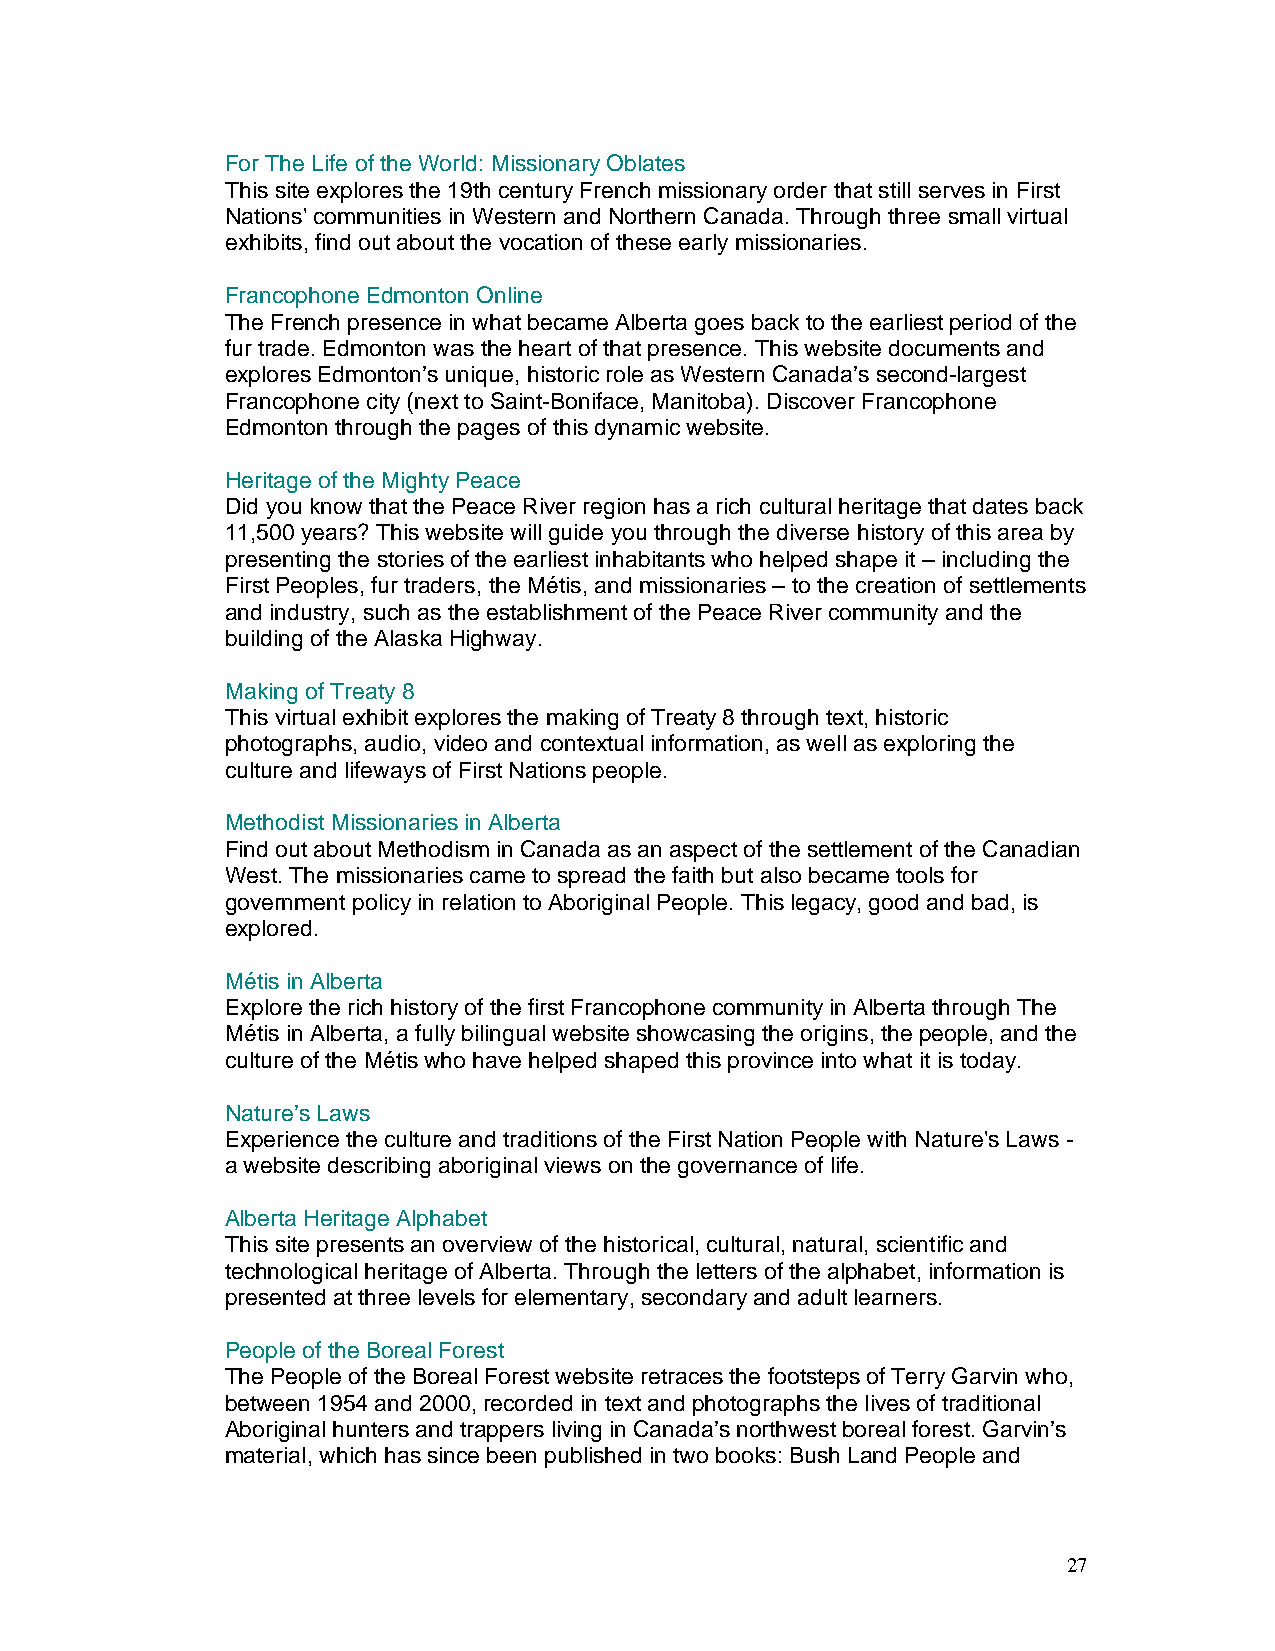
For The Life of the World: Missionary Oblates
 This site explores the 19th century French missionary order that still serves in First
 Nations' communities in Western and Northern Canada. Through three small virtual
 exhibits, find out about the vocation of these early missionaries.
 Francophone Edmonton Online
 The French presence in what became Alberta goes back to the earliest period of the
 fur trade. Edmonton was the heart of that presence. This website documents and
 explores Edmonton’s unique, historic role as Western Canada’s second-largest
 Francophone city (next to Saint-Boniface, Manitoba). Discover Francophone
 Edmonton through the pages of this dynamic website.
 Heritage of the Mighty Peace
 Did you know that the Peace River region has a rich cultural heritage that dates back
 11,500 years? This website will guide you through the diverse history of this area by
 presenting the stories of the earliest inhabitants who helped shape it – including the
 First Peoples, fur traders, the Métis, and missionaries – to the creation of settlements
 and industry, such as the establishment of the Peace River community and the
 building of the Alaska Highway.
 Making of Treaty 8
 This virtual exhibit explores the making of Treaty 8 through text, historic
 photographs, audio, video and contextual information, as well as exploring the
 culture and lifeways of First Nations people.
 Methodist Missionaries in Alberta
 Find out about Methodism in Canada as an aspect of the settlement of the Canadian
 West. The missionaries came to spread the faith but also became tools for
 government policy in relation to Aboriginal People. This legacy, good and bad, is
 explored.
 Métis in Alberta
 Explore the rich history of the first Francophone community in Alberta through The
 Métis in Alberta, a fully bilingual website showcasing the origins, the people, and the
 culture of the Métis who have helped shaped this province into what it is today.
 Nature’s Laws
 Experience the culture and traditions of the First Nation People with Nature's Laws -
 a website describing aboriginal views on the governance of life.
 Alberta Heritage Alphabet
 This site presents an overview of the historical, cultural, natural, scientific and
 technological heritage of Alberta. Through the letters of the alphabet, information is
 presented at three levels for elementary, secondary and adult learners.
 People of the Boreal Forest
 The People of the Boreal Forest website retraces the footsteps of Terry Garvin who,
 between 1954 and 2000, recorded in text and photographs the lives of traditional
 Aboriginal hunters and trappers living in Canada’s northwest boreal forest. Garvin’s
 material, which has since been published in two books: Bush Land People and
 27